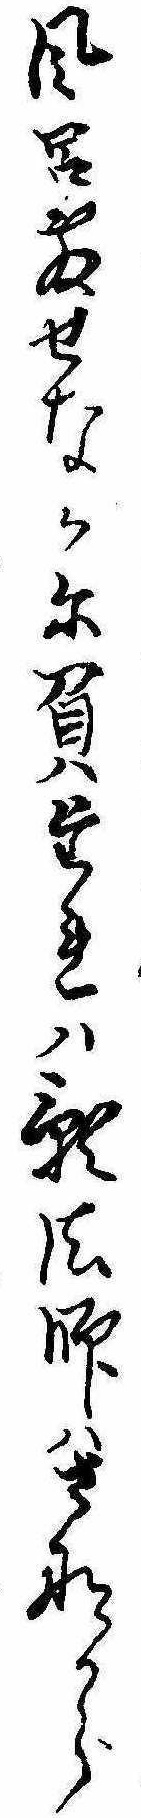
風呂敷せなかに負たれは影法師はさなから